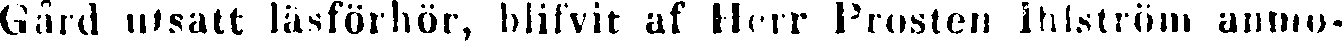
Gård utsatt läsförhör, biifvit af Herr Prosten Ihlström anmo-